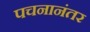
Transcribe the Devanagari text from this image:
पचनानंतर